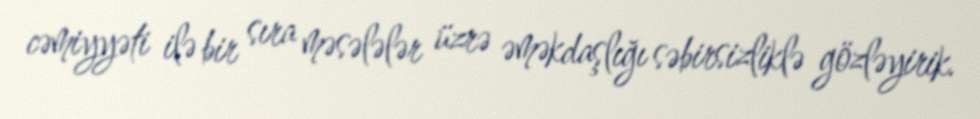
cəmiyyəti ilə bir sıra məsələlər üzrə əməkdaşlığı səbirsizliklə gözləyirik.